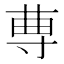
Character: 𡬭